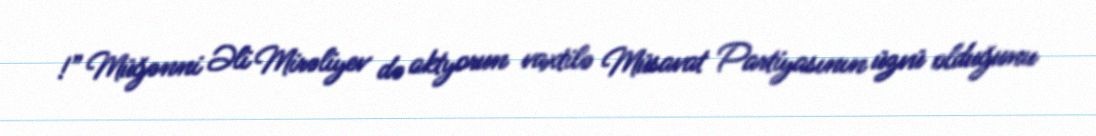
!” Müğənni Əli Mirəliyev də aktyorun vaxtilə Müsavat Partiyasının üzvü olduğunu